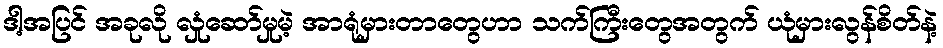
ဒါ့အပြင် အခုလို လှုံဆော်မှုမဲ့ အာရုံမှားတာတွေဟာ သက်ကြီးတွေအတွက် ယုံမှားလွန်စိတ်နဲ့